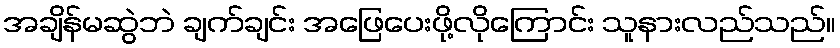
အချိန်မဆွဲဘဲ ချက်ချင်း အဖြေပေးဖို့လိုကြောင်း သူနားလည်သည်။